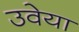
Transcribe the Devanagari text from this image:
उवेया